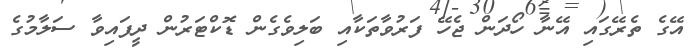
އޭގެ ތެރޭގައި އޭނާ ހޯދަން ޖެހޭ ފަރުވާތަކާއި ބަލިވެގެން ޑޮކްޓަރުން ދީފައިވާ ސަލާމުގެ